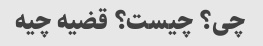
چی؟ چیست؟ قضیه چیه